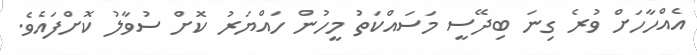
އެއްހާހަށް ވުރެ ގިނަ ބިދޭސީ މަސައްކަތު މީހުން ހައްޔަރު ކޮށް ސުވާލު ކޮށްފައެވެ.